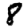
Digit: 8